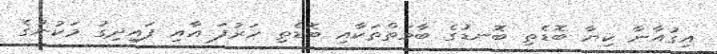
އިގުއާނާ ކިޔާ ބޮޑެތި ބޮނޑުގެ ބާވަތްތަކާއި ބޮޑެތި ހަރުފަ އާއި ފައިދިގު މަކުނުގެ